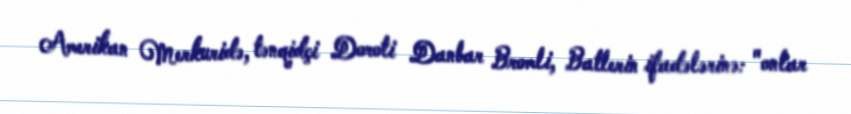
Amerikan Merkuridə, tənqidçi Doroti Danbar Bromli, Batlerin ifadələrinə: "onlar